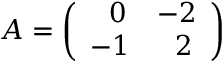
{ \cal A } = \left( \begin{array} { l l } { { \ \ 0 } } & { { - 2 } } \\ { { - 1 } } & { { \ \ 2 } } \end{array} \right)